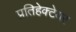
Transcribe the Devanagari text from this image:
प्रतिहेक्टेयर